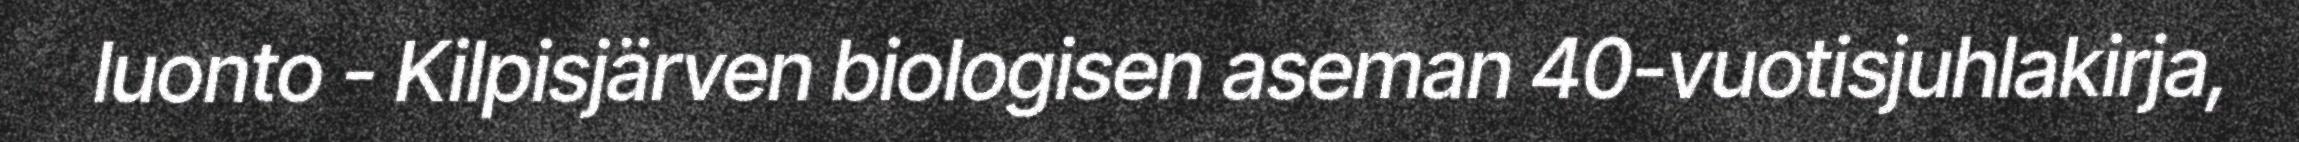
luonto - Kilpisjärven biologisen aseman 40-vuotisjuhlakirja,